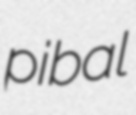
pibal